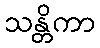
သန္တိကာ